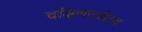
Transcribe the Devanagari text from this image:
दक्षिणपर्यंतच